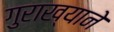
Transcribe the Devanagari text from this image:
गुराख्याने